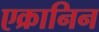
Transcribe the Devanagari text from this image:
एक्रानिन